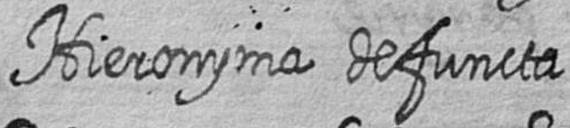
Hieronyma defuncta